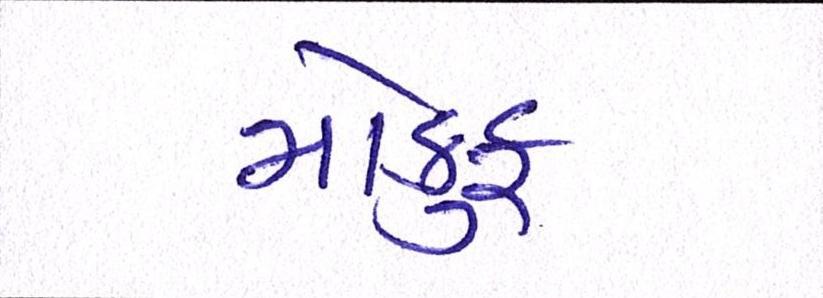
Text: મોકુફ